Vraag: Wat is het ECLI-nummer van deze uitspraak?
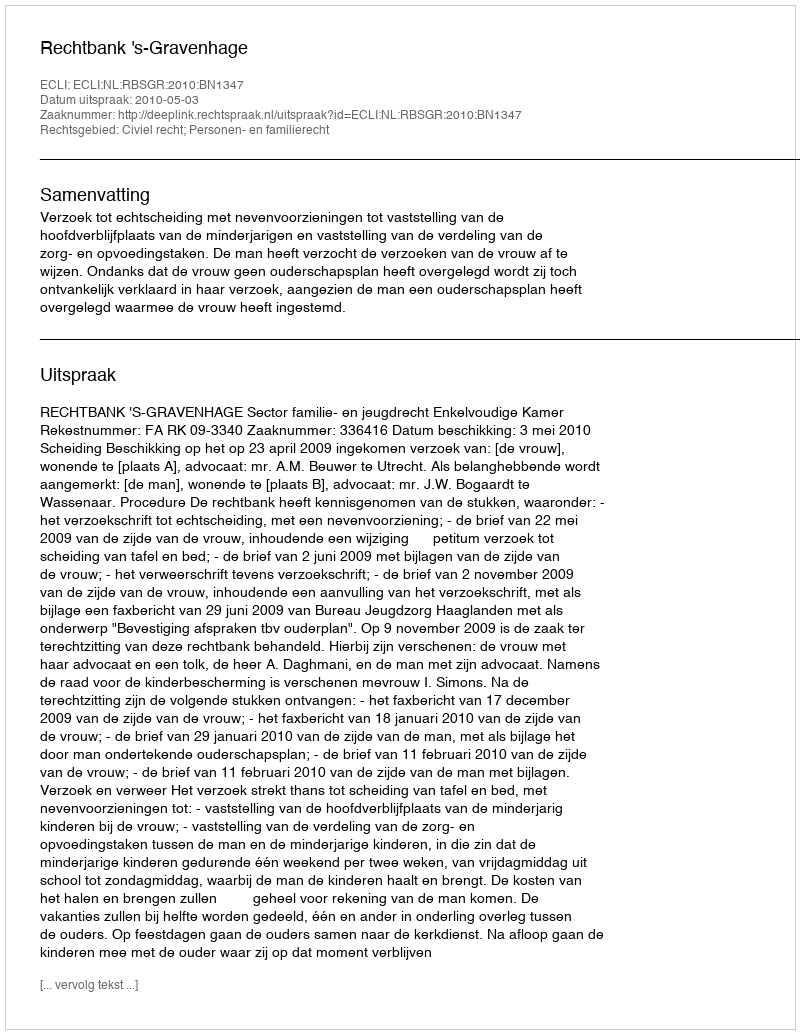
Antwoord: ECLI:NL:RBSGR:2010:BN1347